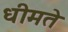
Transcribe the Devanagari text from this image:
धीमते